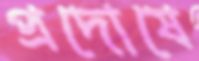
প্রদোষে